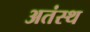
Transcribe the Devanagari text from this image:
अतंस्थ